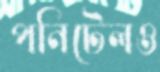
পনিটেলও